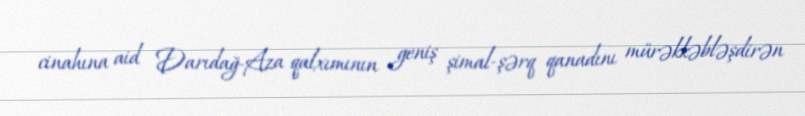
cinahına aid Darıdağ-Aza qalxımının geniş şimal-şərq qanadını mürəkkəbləşdirən